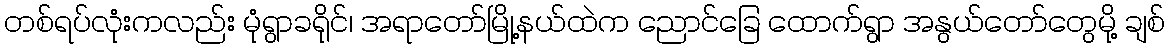
တစ်ရပ်လုံးကလည်း မုံရွာခရိုင်၊ အရာတော်မြို့နယ်ထဲက ညောင်ခြေ ထောက်ရွာ အနွယ်တော်တွေမို့ ချစ်